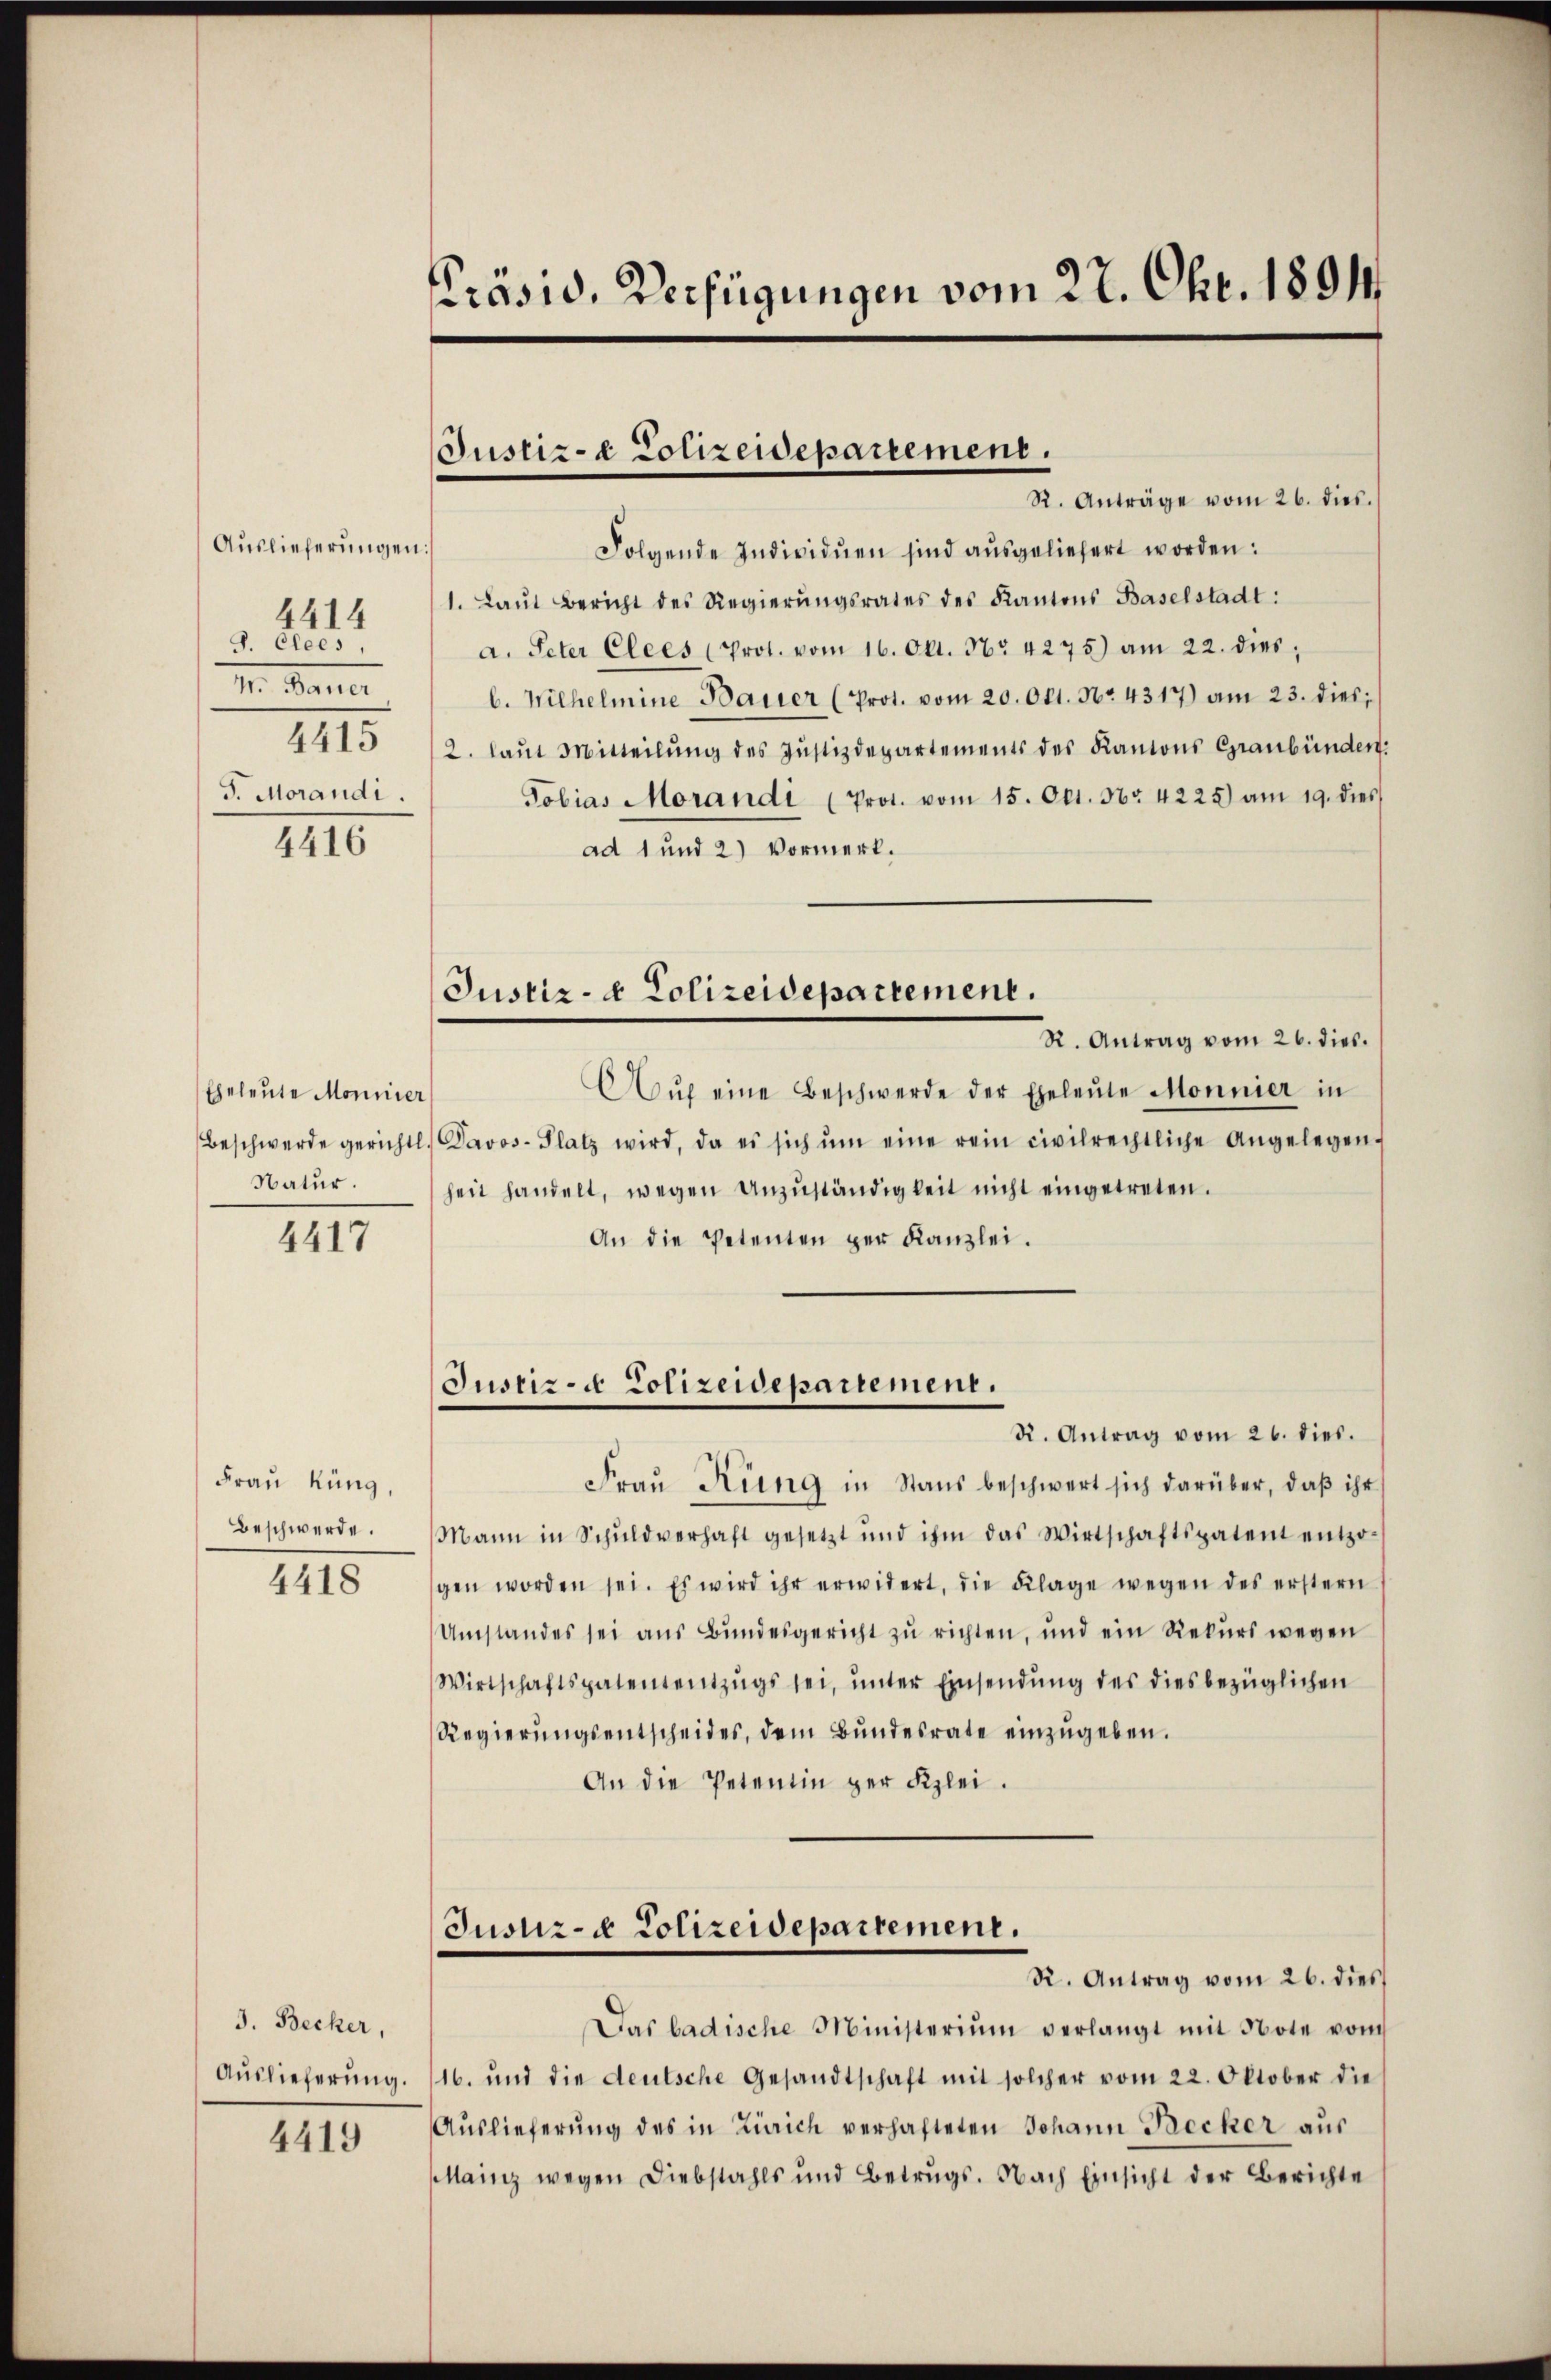
Auslieferungen
4414
J. Clees
M. D.
4415
J. Morandi
4416

Eheleute Monnier
Beschwerde gerichtl
Natur.

4417

Frau Küng,
Beschwerde.
4418

3. Becker,
Auslieferung.

4419

prasid. Verfügungen vom 27. Okt. 1891

Justiz- & Polizeidepartement.

Justiz- & Polizeidepartement.

R. Anträge vom 26. dies.
Folgende Individuen sind aŭsgeliefert worden:
1. Laŭt Bericht des Regierŭngsrates des Kantons Baselstadt:
a. Peter Elees (Prot. vom 16. Okt. 16. 4275) am 22. dies
b. Wilhelmine Bauer (Prot. vom 20. Okt. No. 4317) am 23. dies;
2. laut Mitteilŭng des Justizdepartements des Kantons Graubünden:
Tobias Morandi (Prot. vom 15. Okt. Nr. 4225) am 19. dies
ad 1 und 2) Vormerk.
R. Antrag vom 26. dies
Aŭf eine Beschwerde der Eheleute Monnier in
Davos- Platz wird, da es sich ŭm eine rein civilrechtliche Angelegen-
heit handelt, wegen Anzuständigkeit nicht eingetreten.
An die Petenten per Kanzlei.
Justiz- u Polizeidepartement.
K. Antrag vom 26. dies.
Frau Ring in Stand beschwert sich darüber, daβ ihr
Mann in Schuldverhaft gesetzt und ihm das Wirtschaftspatent entzo-
gen worden sei. Es wird ihr erwidert, die Klage wegen des erstern
Umstandes sei aus Bundesgericht zu richten, und ein Rekurs wegen
Wirtschaftspatententzŭgs sei, unter Einsendung des diesbezüglichen
Regierŭngsentscheides, dem Bŭndesrate einzŭgeben.
An die Petentin ger Klei¬
Justiz- & Polizeidepartement.
R. Antrag vom 26. dies
Das badische Ministerium verlangt mit Note vom
16. und die deutsche Gesandtschaft mit solcher vom 22. Oktober die
Auslieferŭng des in Zürich verhafteten Johann Precher aŭs
Mainz wegen Diebstahls und Betrugs. Nach Einsicht der Berichte